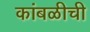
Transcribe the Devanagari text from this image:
कांबळीची